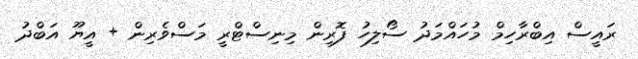
ރައީސް އިބްރާހިމް މުހައްމަދު ސޯލިހު ފޮރިން މިނިސްޓްރީ މަސްވެރިން + އީޔޫ އަބްދު